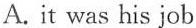
A.it was his job